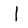
Character: l